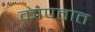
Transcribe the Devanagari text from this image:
कापतात